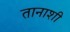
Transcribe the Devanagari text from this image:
तानाशी